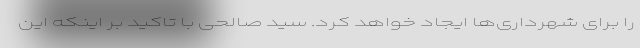
را برای شهرداری‌ها ایجاد خواهد کرد. سید صالحی با تاکید بر اینکه این